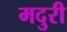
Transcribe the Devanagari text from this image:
मदुरी